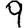
Digit: 9